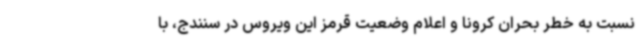
نسبت به خطر بحران کرونا و اعلام وضعیت قرمز این ویروس در سنندج، با